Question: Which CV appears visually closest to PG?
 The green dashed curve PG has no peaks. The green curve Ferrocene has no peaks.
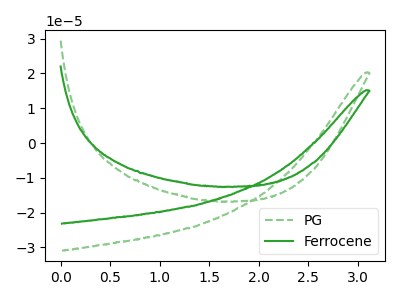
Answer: <think>Neither "PG" or "Ferrocene" have any peaks.
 </think>
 <answer>The CV with the most similar shape to "Ferrocene" is "PG".</answer>
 <eval>"PG"</eval>